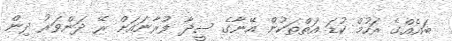
ބައެއްގެ ރަހުމް ކުޑަ އަތްތަކުން އޭނާގެ ސީދާ ފުރާނައަށް ރޭ ދަންވަރު ދިން